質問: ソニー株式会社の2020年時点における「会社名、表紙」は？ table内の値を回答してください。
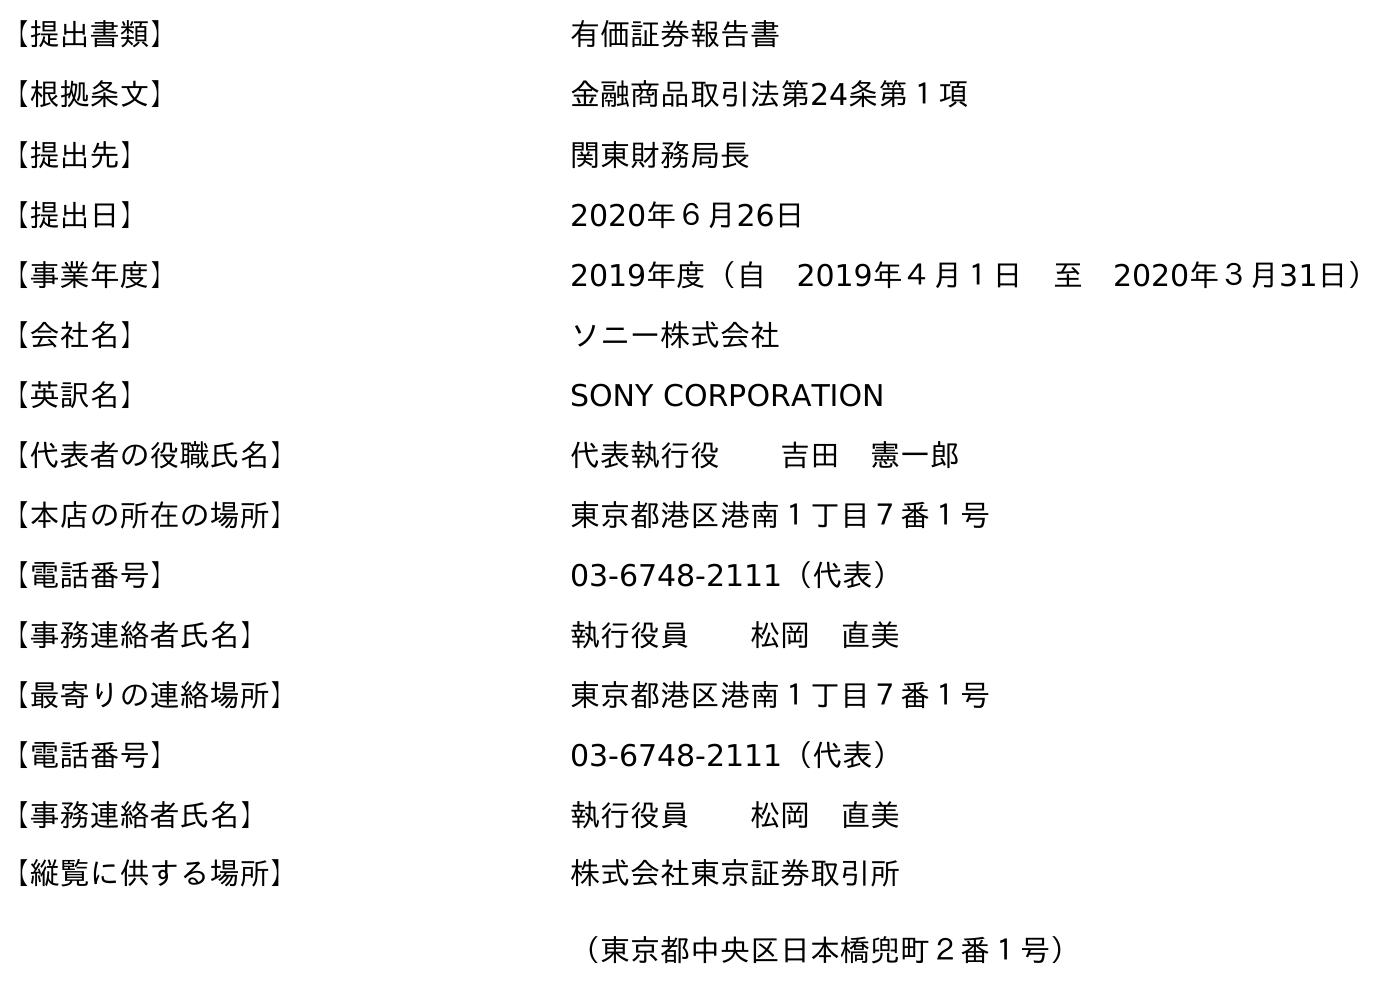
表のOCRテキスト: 【提出書類】 有価証券報告書 【根拠条文】 金融商品取引法第24条第１項 【提出先】 関東財務局長 【提出日】 2020年６月26日 【事業年度】 2019年度（自 2019年４月１日 至 2020年３月31日） 【会社名】 ソニー株式会社 【英訳名】 SONY CORPORATION 【代表者の役職氏名】 代表執行役  吉田 憲一郎 【本店の所在の場所】 東京都港区港南１丁目７番１号 【電話番号】 03-6748-2111（代表） 【事務連絡者氏名】 執行役員  松岡 直美 【最寄りの連絡場所】 東京都港区港南１丁目７番１号 【電話番号】 03-6748-2111（代表） 【事務連絡者氏名】 執行役員  松岡 直美 【縦覧に供する場所】 株式会社東京証券取引所 （東京都中央区日本橋兜町２番１号）
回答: ソニー株式会社